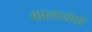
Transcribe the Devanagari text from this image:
कालखंडो